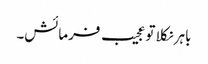
باہر نکلا تو عجیب فرمائش۔